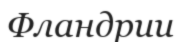
Фландрии